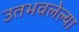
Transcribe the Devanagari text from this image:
उतभवलेल्या